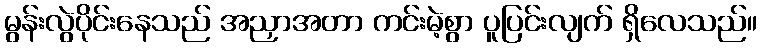
မွန်းလွဲပိုင်းနေသည် အညှာအတာ ကင်းမဲ့စွာ ပူပြင်းလျက် ရှိလေသည်။